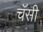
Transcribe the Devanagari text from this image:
चॅसी